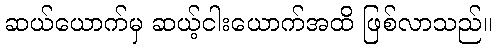
ဆယ်ယောက်မှ ဆယ့်ငါးယောက်အထိ ဖြစ်လာသည်။